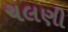
ચલણી